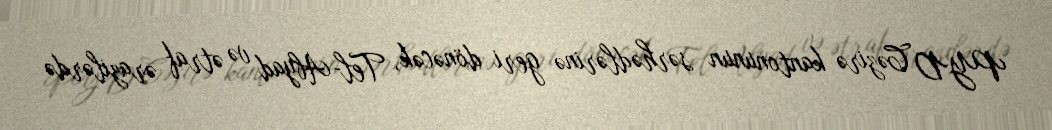
PYD Cəzirə kantonunun sərhədlərinə geri dönəcək, Tel-Abyad və ətraf ərazilərdə